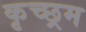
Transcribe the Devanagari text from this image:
कृच्छ्रम